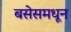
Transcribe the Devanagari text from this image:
बसेसमधून